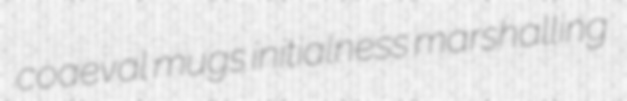
coaeval mugs initialness marshalling